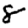
Digit: 8